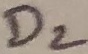
Text: D2